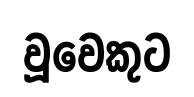
වූවෙකුට